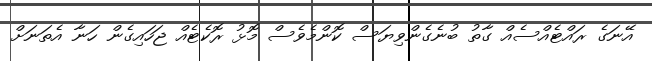
އޭނަގެ ރައްޓެއްސެއް ގާތު ބުނެގެންވިޔަސް ކޮންމެވެސް މޮޅު ރޮކެޓެއް ޖަހައިގެން ހަނާ އެތަނަށް